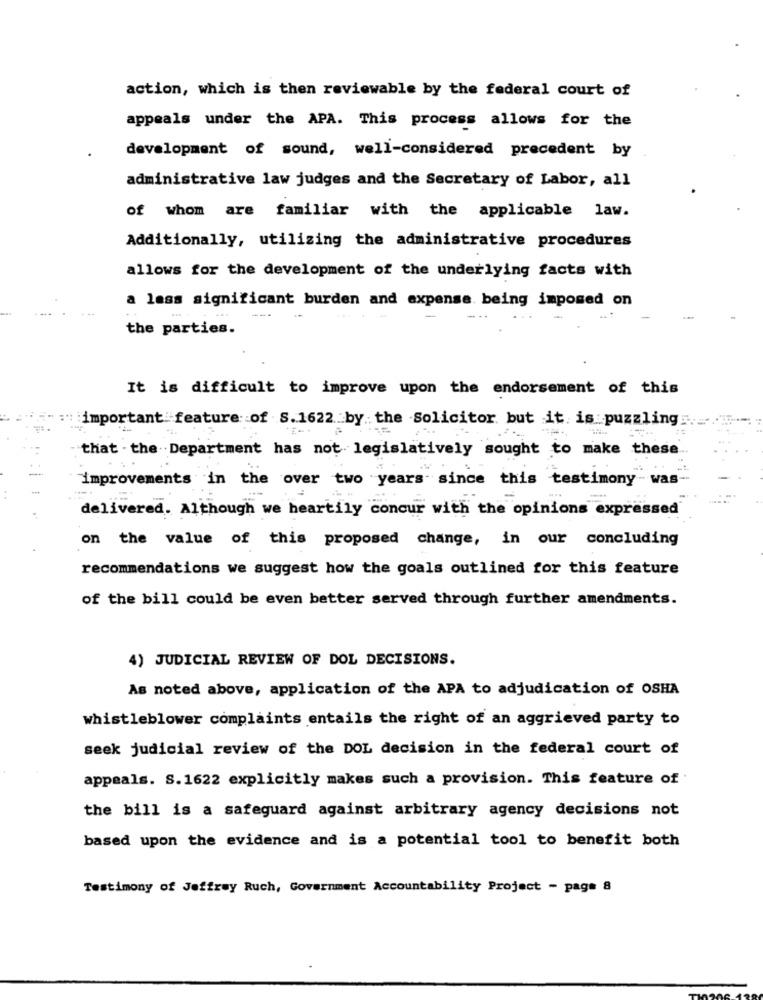
action, which is then reviewable by the federal court of
appeals under the APA. This process allows for the
development of sound, well-considered precedent by
administrative law judges and the Secretary of Labor, all
of whom are familiar with the applicable law.
Additionally, utilizing the administrative procedures
allows for the development of the underlying facts with
a less significant burden and expense being imposed on
the parties.
It is difficult to improve upon the endorsement of this
important feature of S. 1622 by. the Solicitor but it is puzzling
-
that - the Department has not legislatively sought to make these
improvements in the over two years since this testimony- was
delivered. Although we heartily concur with the opinions expressed
on the value of this proposed change, in our concluding
recommendations we suggest how the goals outlined for this feature
of the bill could be even better served through further amendments.
4) JUDICIAL REVIEW OF DOL DECISIONS.
As noted above, application of the APA to adjudication of OSHA
whistleblower complaints entails the right of an aggrieved party to
seek judicial review of the DOL decision in the federal court of
appeals. S.1622 explicitly makes such a provision. This feature of
the bill is a safeguard against arbitrary agency decisions not
based upon the evidence and is a potential tool to benefit both
Testimony of Jeffrey Ruch, Government Accountability Project - page 8